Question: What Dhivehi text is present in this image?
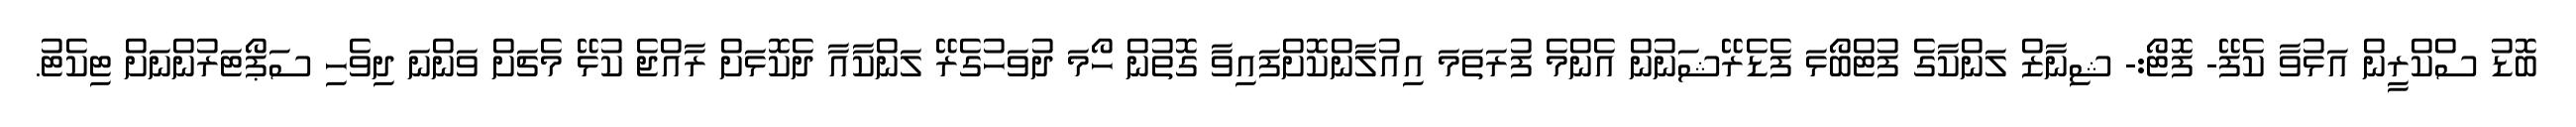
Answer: ބޮޑު ސްކްރީން އަޅުވާ ކެފޭ- ފޮޓޯ:- ޝިނާޒް ލަންކާގެ ފުޓްބޯޅަ ފެޑެރޭޝަނުން އެންމެ ފުރަތަމަ އިއުލާންކޮށްފައިވާ ގޮތުން ހޯމަ ދުވަހުގެރޭ ލަންކާއާ ދެކޮޅަށް ރާއްޖެ ކުޅޭ މެޗަށް ވަންނަ ދިވެހި ސަޕޯޓަރުންނަށް ޓިކެޓު.